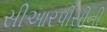
સીઆરપીસીની